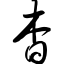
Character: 杳